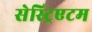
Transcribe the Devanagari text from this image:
सेस्ट्रिएटम